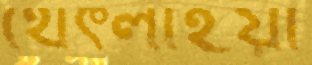
থেঁৎলাইয়া